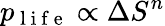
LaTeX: p_{\mathrm{~l~i~f~e~}}\propto\Delta S^{n}